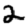
Digit: 2